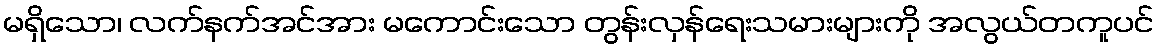
မရှိသော၊ လက်နက်အင်အား မကောင်းသော တွန်းလှန်ရေးသမားများကို အလွယ်တကူပင်